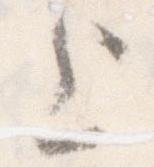
上